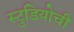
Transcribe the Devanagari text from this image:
स्टुडियोची